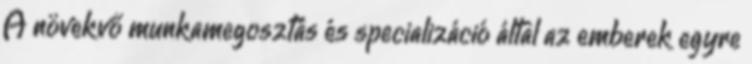
A növekvő munkamegosztás és specializáció által az emberek egyre